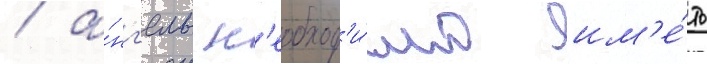
/ а́нг'елам н'еобход'и́мо им'е́ть